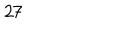
2 7